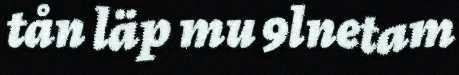
tån läp mu 9lnetam